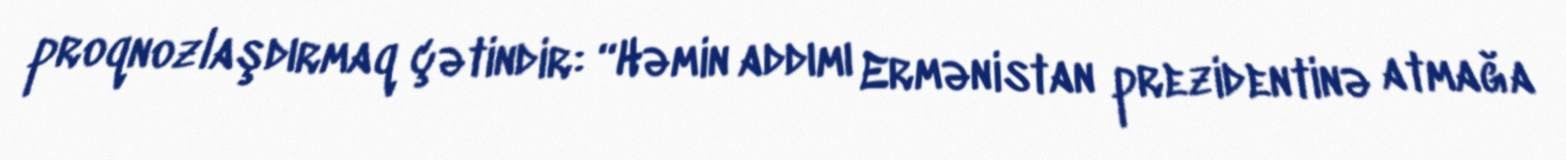
proqnozlaşdırmaq çətindir: “Həmin addımı Ermənistan prezidentinə atmağa